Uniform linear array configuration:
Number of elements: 48
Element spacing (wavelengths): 0.75
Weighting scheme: uniform
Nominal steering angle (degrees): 30
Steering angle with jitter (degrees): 30.51
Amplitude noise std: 0.05
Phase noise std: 0.05

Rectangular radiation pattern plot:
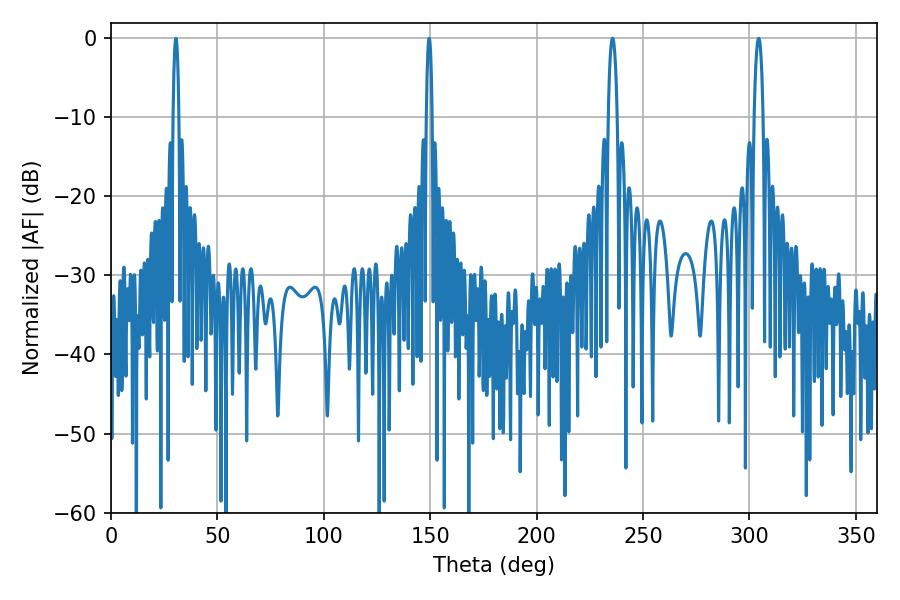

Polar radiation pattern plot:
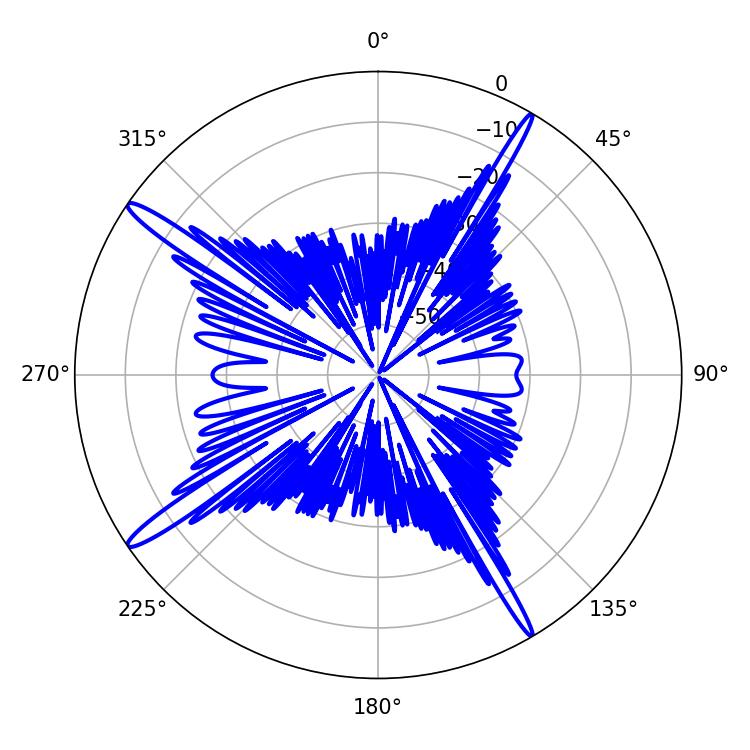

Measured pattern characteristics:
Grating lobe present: TRUE
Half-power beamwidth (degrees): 2.34
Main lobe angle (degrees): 304.38